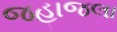
જહાજલા